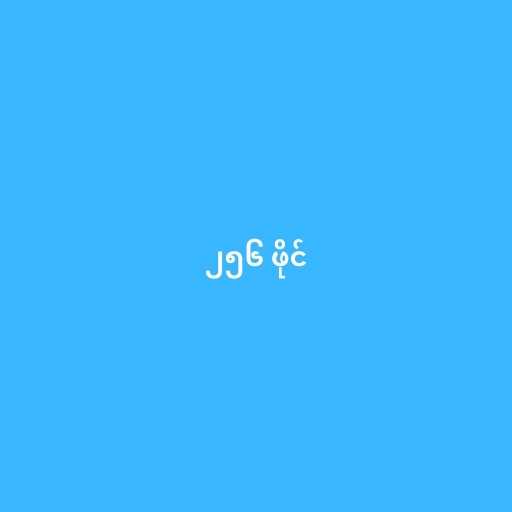
၂၅၆ ဖိုင်